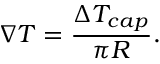
\nabla T = \frac { \Delta T _ { c a p } } { \pi R } .